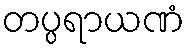
တပ္ပရာယဏံ